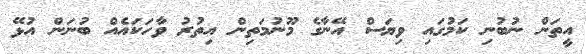
އީތަން ނުބުނި ކަމުގައި ވިޔަސް އޭނާގެ މޫނުމަތިން އިތުރު ވާހަކައެއް ބުނަން އުޅޭ